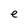
Character: e